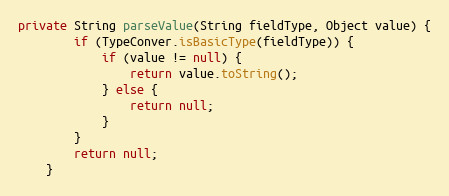
Language: Java
private String parseValue(String fieldType, Object value) {
		if (TypeConver.isBasicType(fieldType)) {
			if (value != null) {
				return value.toString();
			} else {
				return null;
			}
		}
		return null;
	}